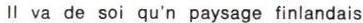
Il va de soi qu'n paysage finlandais